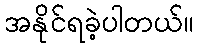
အနိုင်ရခဲ့ပါတယ်။